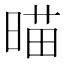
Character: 𣈴